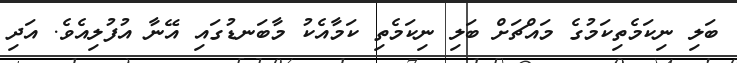
ބަލި ނިކަމެތިކަމުގެ މައްޗަށް ބަލި ނިކަމެތި ކަމާއެކު މާބަނޑުގައި އޭނާ އުފުލިއެވެ. އަދި